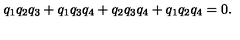
q _ { 1 } q _ { 2 } q _ { 3 } + q _ { 1 } q _ { 3 } q _ { 4 } + q _ { 2 } q _ { 3 } q _ { 4 } + q _ { 1 } q _ { 2 } q _ { 4 } = 0 .